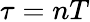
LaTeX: \tau=nT